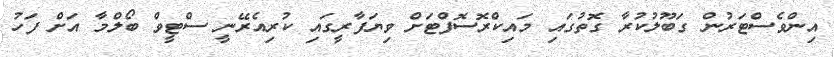
އިންވެސްޓަރުން ގަބޫލުކުރާ ގޮތުގައި މައިކްރޮސޮފްޓަށް ވިޔަފާރީގައި ކުރިއެރޭނީ ސްޓީވް ބޯލްމާ އަށް ފަހު